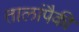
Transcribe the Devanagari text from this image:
तालांपैकी